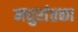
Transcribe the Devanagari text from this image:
मधुरांतका